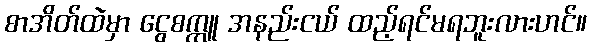
စာအိတ်ထဲမှာ ငွေစက္ကူ အနည်းငယ် ထည့်ရင်မရဘူးလားဟင်။